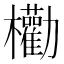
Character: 𣡒